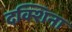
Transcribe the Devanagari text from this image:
दक्शिना